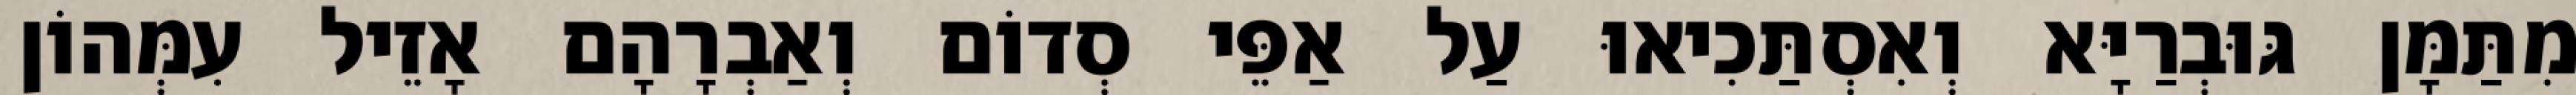
מִתַּמָּן גּוּבְרַיָּא וְאִסְתַּכִיאוּ עַל אַפֵּי סְדוֹם וְאַבְרָהָם אָזֵיל עִמְּהוֹן